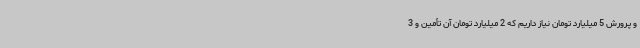
و پرورش 5 میلیارد تومان نیاز داریم که 2 میلیارد تومان آن تأمین و 3